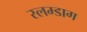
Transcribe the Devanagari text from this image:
स्लम्डाग